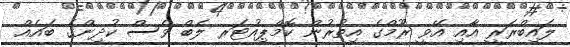
ލައިބްރަރީ އާއި އޭވީ ރޫމްގެ އިތުރުން ކޮމްޕިއުޓަރ ލެބް ވެސް ކުދިންގެ ބައެއް